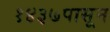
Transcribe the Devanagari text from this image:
१४३७पासून